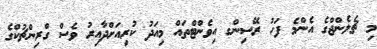
މި ޗެލެންޖްގެ އެންމެ ފަހު ރޭސިންގ އިވެންޓްތައް މިއަދު ކުރިއަށްދާއިރު ވެސް ގްރިންޗުކްގެ